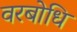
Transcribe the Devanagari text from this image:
वरबोधि